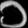
Digit: ၁